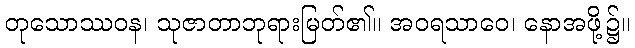
တုသောဿဝန၊ သုဇာတာဘုရားမြတ်၏။ အဝရသာဝေ၊ နောအဖို့၌။